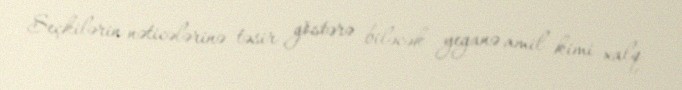
Seçkilərin nəticələrinə təsir göstərə biləcək yeganə amil kimi xalq